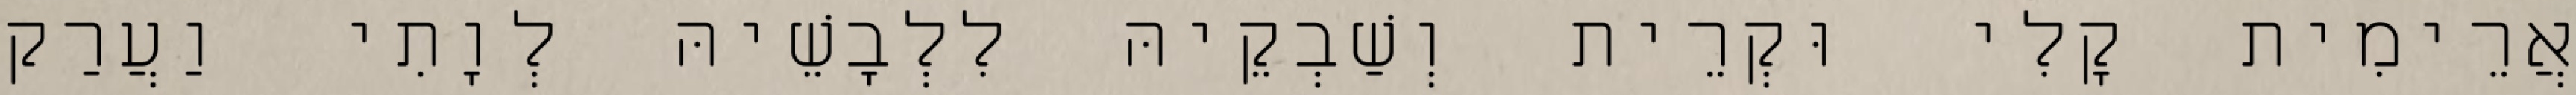
אֲרֵימִית קָלִי וּקְרֵית וְשַׁבְקֵיהּ לִלְבָשֵׁיהּ לְוָתִי וַעֲרַק